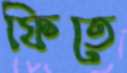
ফিতে